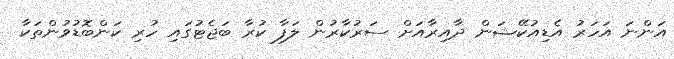
އަންނަ އަހަރު އެޑިއުކޭޝަން ދާއިރާއަށް ސަރުކާރުން ލަފާ ކުރާ ބަޖެޓުގައި ހުރި ކަންބޮޑުވުންތަކާ